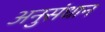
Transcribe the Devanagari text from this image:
अनुसंधान